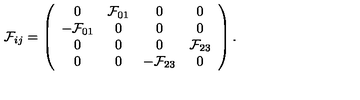
{ \cal F } _ { i j } = \left( \begin{array} { c c c c } { 0 } & { { \cal F } _ { 0 1 } } & { 0 } & { 0 } \\ { - { \cal F } _ { 0 1 } } & { 0 } & { 0 } & { 0 } \\ { 0 } & { 0 } & { 0 } & { { \cal F } _ { 2 3 } } \\ { 0 } & { 0 } & { - { \cal F } _ { 2 3 } } & { 0 } \\ \end{array} \right) .